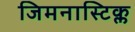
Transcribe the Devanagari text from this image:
जिमनास्टिक्ल